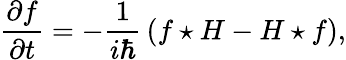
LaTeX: {\frac{\partial f}{\partial t}}=-{\frac{1}{i\hbar}}\left(f\star H-H\star f\right),